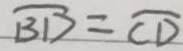
\widehat { B D } = \overline { C D }